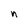
Character: n